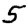
Digit: 5